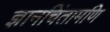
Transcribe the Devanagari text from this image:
ज्ञानचिंतामणि